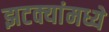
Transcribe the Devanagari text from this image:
झटक्यांमध्ये